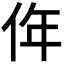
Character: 𠈠